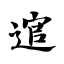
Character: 逭